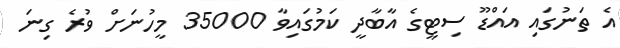
އެ ތަނުގައި އައްޑޫ ސިޓީގެ އާބާދީ ކަމުގައިވާ 35000 މީހުނަށް ވުރެ ގިނަ